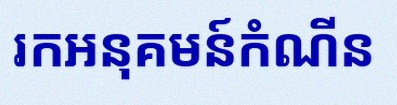
រកអនុគមន៍កំណើន